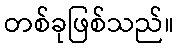
တစ်ခုဖြစ်သည်။